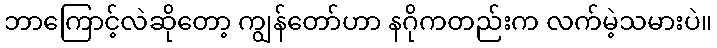
ဘာကြောင့်လဲဆိုတော့ ကျွန်တော်ဟာ နဂိုကတည်းက လက်မဲ့သမားပဲ။